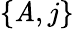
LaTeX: \{ \mathit{A},j\}